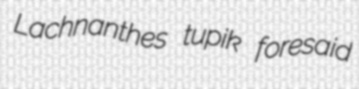
Lachnanthes tupik foresaid